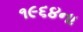
૧૯૬૪ના